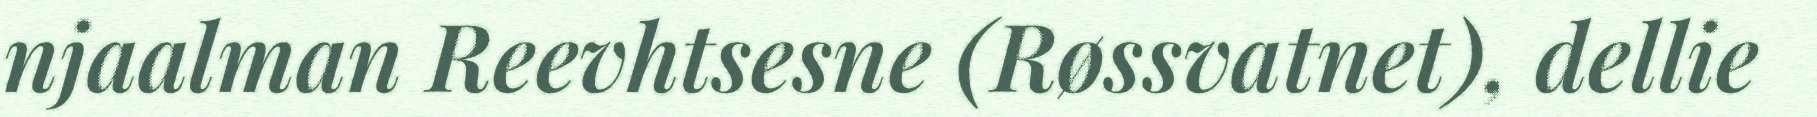
njaalman Reevhtsesne (Røssvatnet), dellie